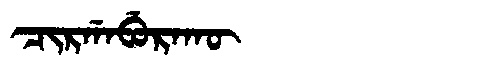
Manchu: ᠴᡳᡵᡤᠠᠪᡠᡵᠠᡴᡡ
Romanization: CIRGABURAKŪ